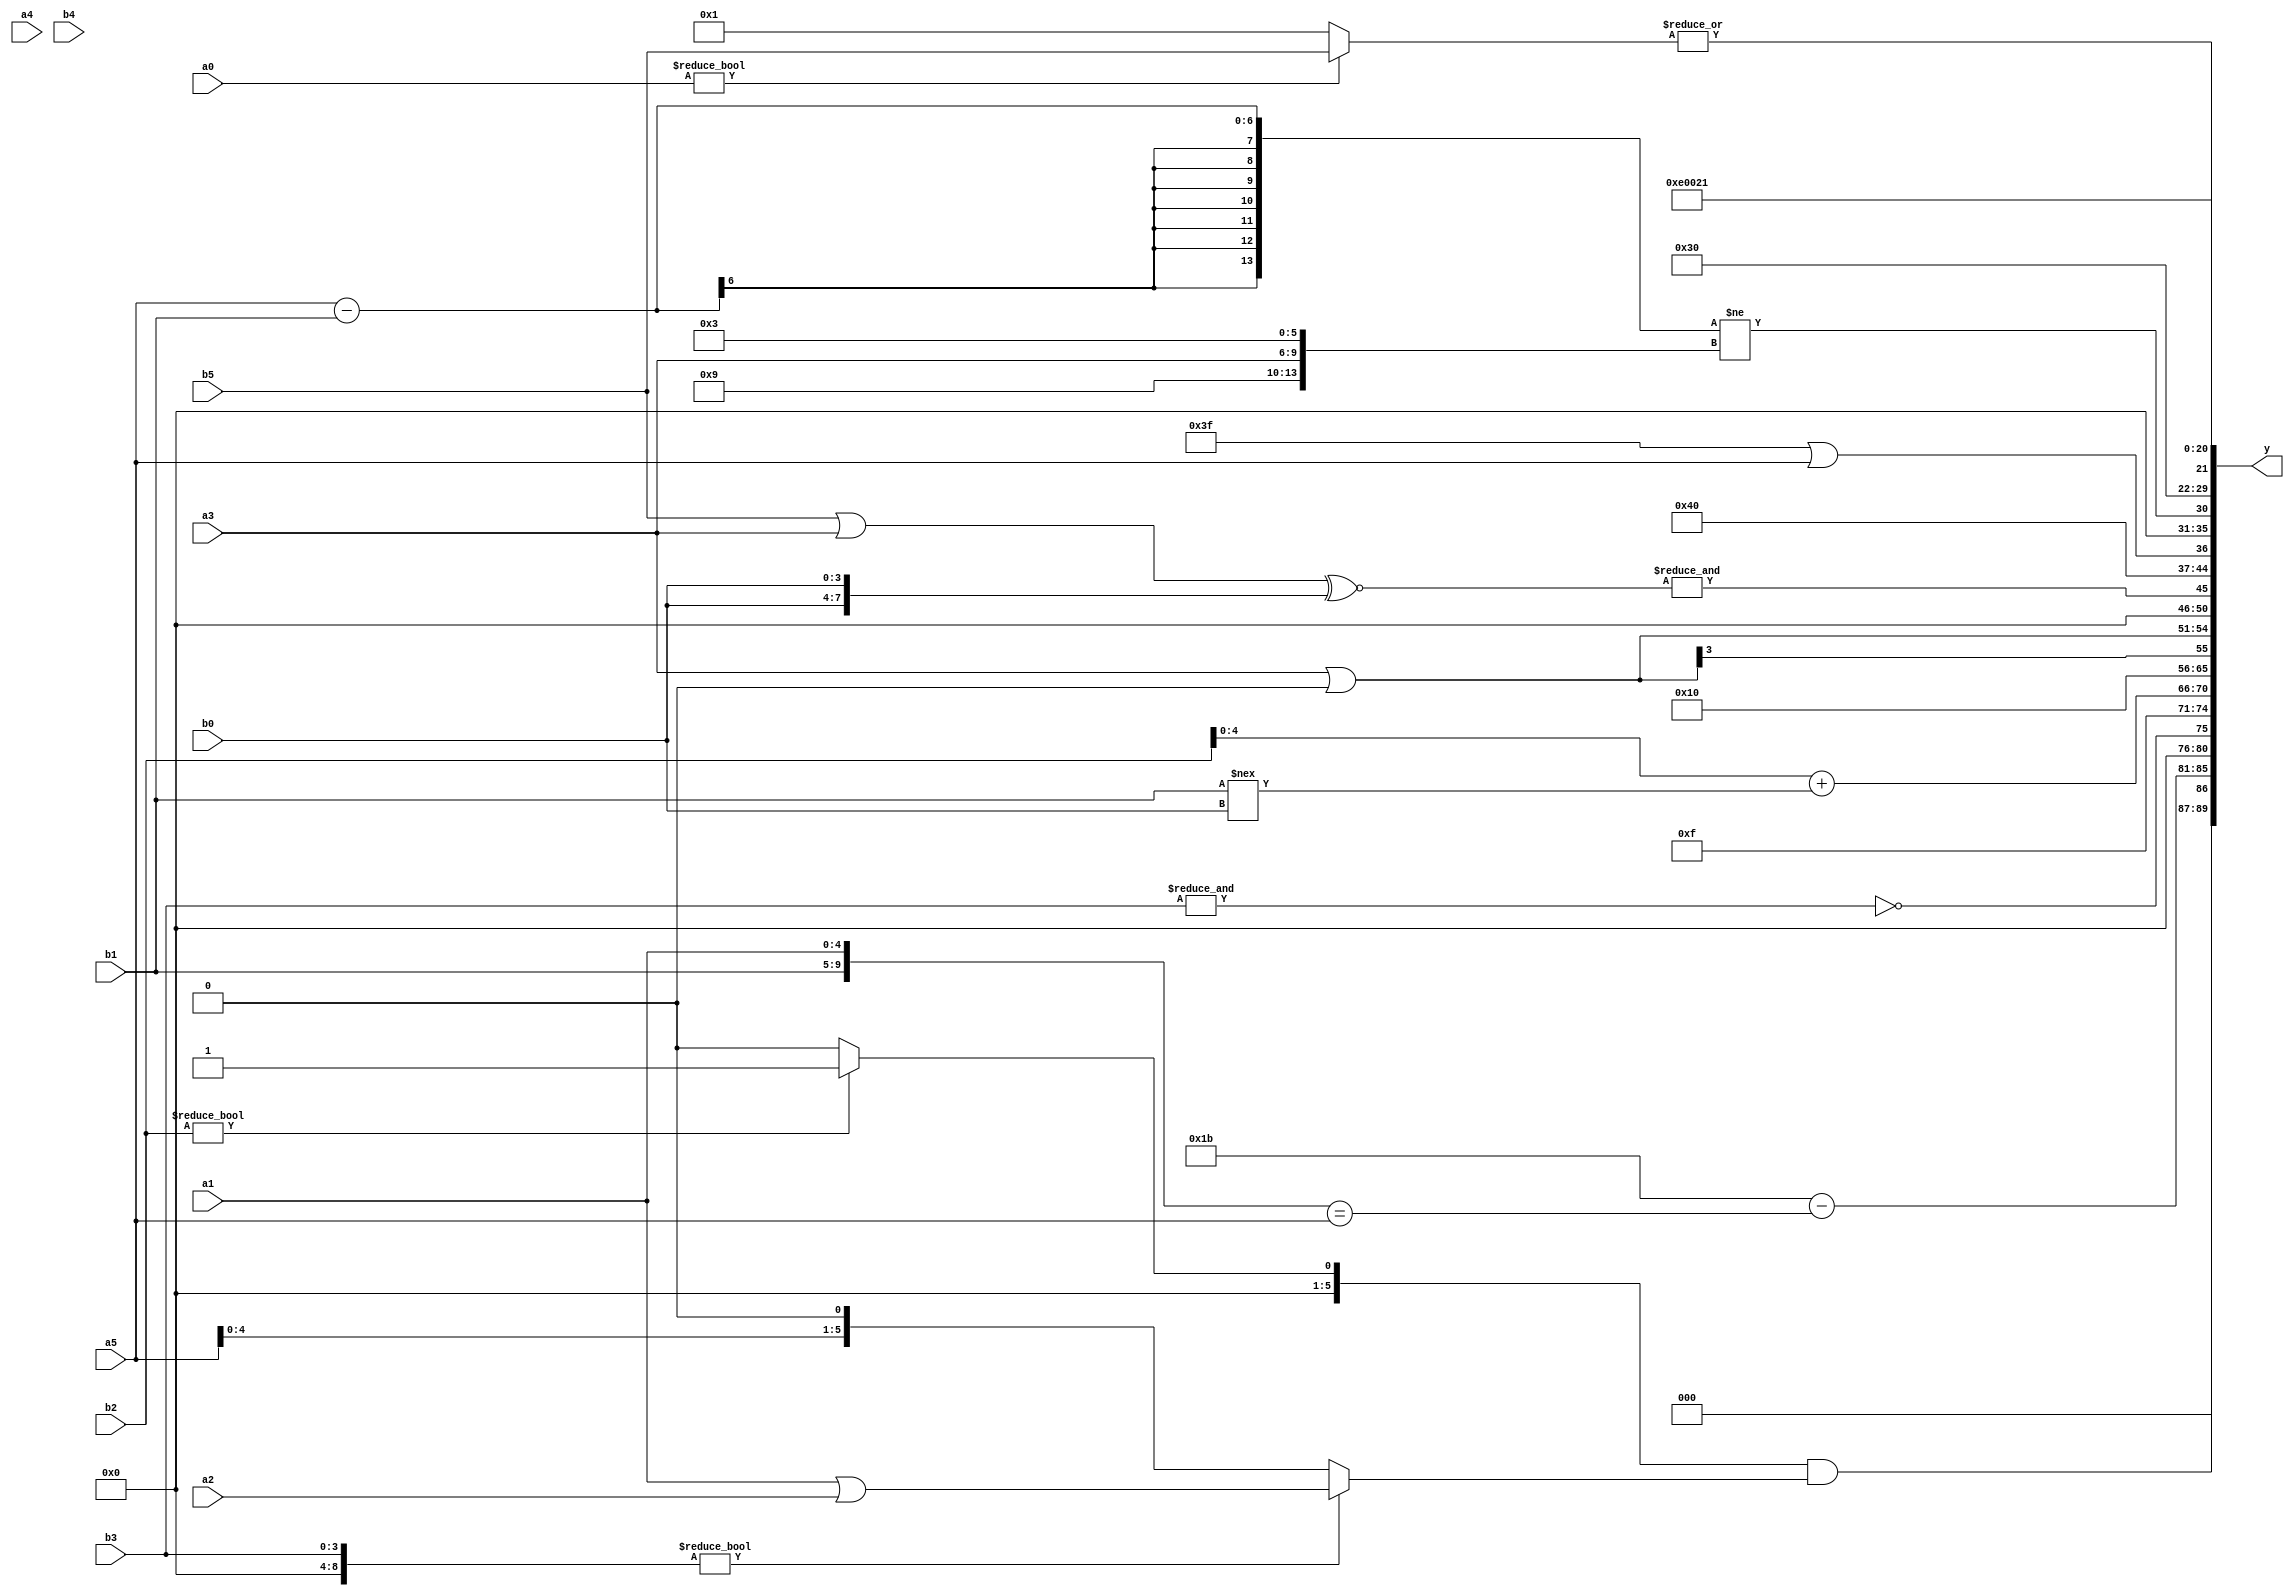
module expression_00295(a0, a1, a2, a3, a4, a5, b0, b1, b2, b3, b4, b5, y);
  input [3:0] a0;
  input [4:0] a1;
  input [5:0] a2;
  input signed [3:0] a3;
  input signed [4:0] a4;
  input signed [5:0] a5;

  input [3:0] b0;
  input [4:0] b1;
  input [5:0] b2;
  input signed [3:0] b3;
  input signed [4:0] b4;
  input signed [5:0] b5;

  wire [3:0] y0;
  wire [4:0] y1;
  wire [5:0] y2;
  wire signed [3:0] y3;
  wire signed [4:0] y4;
  wire signed [5:0] y5;
  wire [3:0] y6;
  wire [4:0] y7;
  wire [5:0] y8;
  wire signed [3:0] y9;
  wire signed [4:0] y10;
  wire signed [5:0] y11;
  wire [3:0] y12;
  wire [4:0] y13;
  wire [5:0] y14;
  wire signed [3:0] y15;
  wire signed [4:0] y16;
  wire signed [5:0] y17;

  output [89:0] y;
  assign y = {y0,y1,y2,y3,y4,y5,y6,y7,y8,y9,y10,y11,y12,y13,y14,y15,y16,y17};

  localparam [3:0] p0 = ({{3{(2'sd1)}},{(-4'sd4)}}|(((4'd12)>>>(5'd19))&{4{(3'd3)}}));
  localparam [4:0] p1 = {4{{(2'sd0),(5'd20),(2'sd1)}}};
  localparam [5:0] p2 = (((3'sd0)?(-4'sd4):(3'sd0))?{1{(5'd20)}}:{1{(4'd3)}});
  localparam signed [3:0] p3 = (5'd8);
  localparam signed [4:0] p4 = {1{((^(-4'sd5))==(|(4'sd7)))}};
  localparam signed [5:0] p5 = (-5'sd9);
  localparam [3:0] p6 = (((-4'sd6)|(2'sd0))-(|(4'd12)));
  localparam [4:0] p7 = ((2'd1)===(5'd8));
  localparam [5:0] p8 = (-3'sd1);
  localparam signed [3:0] p9 = (4'd2 * ((4'd2)<<(5'd1)));
  localparam signed [4:0] p10 = ((3'sd2)?(5'd27):((-4'sd0)?(-4'sd7):(4'd9)));
  localparam signed [5:0] p11 = (|(((+(-5'sd15))+(~&(5'sd0)))===((4'sd7)?(2'd0):(3'd6))));
  localparam [3:0] p12 = (-5'sd2);
  localparam [4:0] p13 = ((((3'd4)-(-4'sd7))|((4'd10)<=(4'sd2)))>(((3'sd2)<=(5'd5))<=((-2'sd0)<<(4'sd1))));
  localparam [5:0] p14 = {({1{{1{(2'd3)}}}}^(~|((3'd2)!==(4'sd1))))};
  localparam signed [3:0] p15 = {(3'sd0),(4'd1)};
  localparam signed [4:0] p16 = ((+(^(+(4'd14))))|(~|(|((5'sd7)?(4'd5):(5'd18)))));
  localparam signed [5:0] p17 = (^(~&{(2'd1),(3'd3)}));

  assign y0 = ((((p10?p0:p10)?(b2?p4:p7):(p6?b0:p14)))&&({p7,b3}?(a1|a2):(a5<<p17)));
  assign y1 = ((~(4'd4))-({b1,a1}==(+a5)));
  assign y2 = (~&b3);
  assign y3 = $signed((|((-2'sd1)?(-4'sd4):(b4?p14:p0))));
  assign y4 = ((3'd6)?({a4,b2}+(b1!==b0)):{4{(a1|a0)}});
  assign y5 = $unsigned((2'sd1));
  assign y6 = {b2,p11};
  assign y7 = (a3|p11);
  assign y8 = (&((b5||a3)^~{b0,b0}));
  assign y9 = (-({{(p12^p11)},{(p10>>p0)}}+(~{3{{{3{p14}}}}})));
  assign y10 = (p8||a5);
  assign y11 = (((a5-b1)!={p6,a3,p14})^(!{(p17==p16)}));
  assign y12 = {4{{1{p2}}}};
  assign y13 = (&(|((p15>>p6)?(a5!=b1):(a0?b5:p16))));
  assign y14 = (5'd28);
  assign y15 = {$signed((((+{p4,p1})&&(^(^(p2?p6:p6))))))};
  assign y16 = (~|(&(&$unsigned(((p2-p9)||$unsigned(p3))))));
  assign y17 = {3{{4{p16}}}};
endmodule